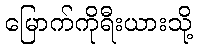
မြောက်ကိုရီးယားသို့